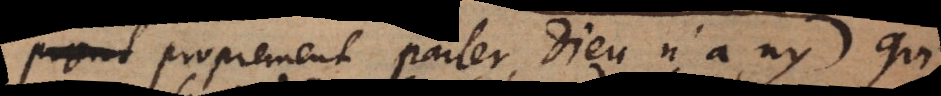
promt proprement parler Dieu n’a ny